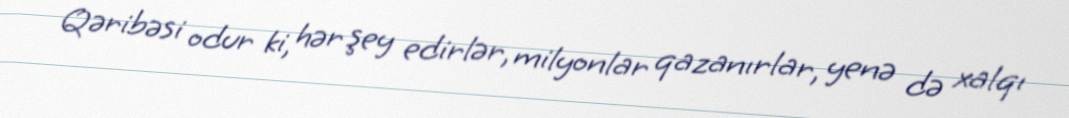
Qəribəsi odur ki, hər şey edirlər, milyonlar qazanırlar, yenə də xalqı